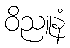
ဝိညူနံ